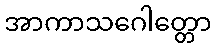
အာကာသဂေါတ္တော